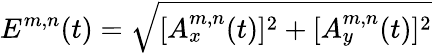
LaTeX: E^{m,n}(t)=\sqrt{[A_{x}^{m,n}(t)]^{2}+[A_{y}^{m,n}(t)]^{2}}